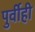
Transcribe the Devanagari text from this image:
पुर्वीही